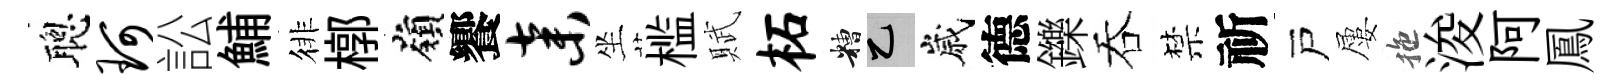
聰珂訟鯆徘槨嶺饗弃坐槛賦柘糟乙嵗德鑠吞禁祈戸屢拖浚阿鳳